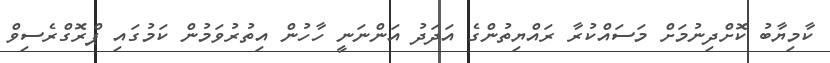
ކާމިޔާބު ކޮށްދިނުމަށް މަސައްކުރާ ރައްޔިތުންގެ އަދަދު އަންނަނީ ހާހުން އިތުރުވަމުން ކަމުގައި ޕްރޮގްރެސިވް